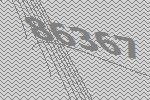
86367